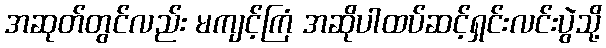
အဆုတ်တွင်လည်း မကျင့်ကြံ အဆိုပါထပ်ဆင့်ရှင်းလင်းပွဲသို့